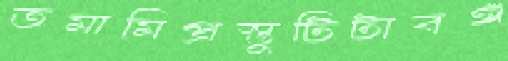
তমামিপ্রস্তুটিটাবঙ্গ